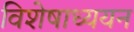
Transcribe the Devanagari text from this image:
विशेषाध्ययन